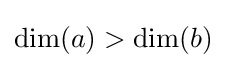
\dim(a)>\dim(b)